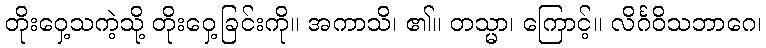
တိုးဝှေ့သကဲ့သို့ တိုးဝှေ့ခြင်းကို။ အကာသိ၊ ၏။ တသ္မာ၊ ကြောင့်။ လိင်္ဂဝိသဘာဂေ၊